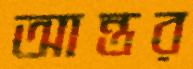
আন্তর